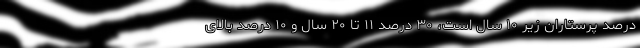
درصد پرستاران زیر ۱۰ سال است، ۳۰ درصد ۱۱ تا ۲۰ سال و ۱۰ درصد بالای